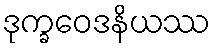
ဒုက္ခဝေဒနိယဿ